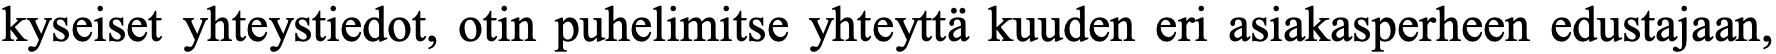
kyseiset yhteystiedot, otin puhelimitse yhteyttä kuuden eri asiakasperheen edustajaan,